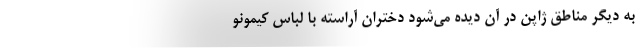
به دیگر مناطق ژاپن در آن دیده می‌شود دختران آراسته با لباس کیمونو